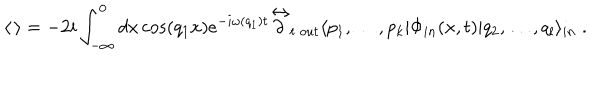
\langle \, \rangle = - 2 i \int _ { - \infty } ^ { 0 } d x \cos ( q _ { 1 } x ) e ^ { - i \omega ( q _ { 1 } ) t } { \mathop { \partial } ^ { \leftrightarrow } } _ { t } \, _ { o u t } \langle p _ { 1 } , \dots , p _ { k } | \Phi _ { i n } ( x , t ) | q _ { 2 } , \dots , q _ { l } \rangle _ { i n } \; .